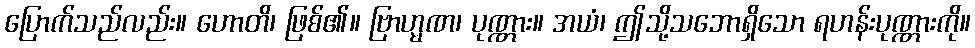
ပြောက်သည်လည်း။ ဟောတိ၊ ဖြစ်၏။ ဗြာဟ္မဏ၊ ပုဏ္ဏား။ အယံ၊ ဤသို့သဘောရှိသော ရဟန်းပုဏ္ဏားကို။